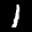
Label: 1